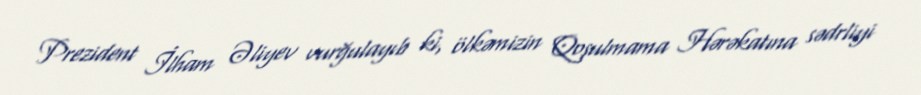
Prezident İlham Əliyev vurğulayıb ki, ölkəmizin Qoşulmama Hərəkatına sədrliyi